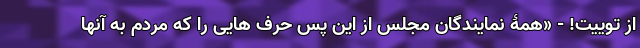
از توییت! - «همۀ نمایندگان مجلس از این پس حرف هایی را که مردم به آنها